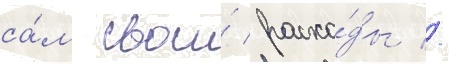
са́м свои́ расхо́ды //